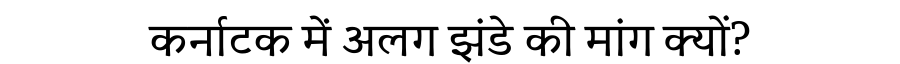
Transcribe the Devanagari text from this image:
कर्नाटक में अलग झंडे की मांग क्यों?